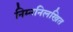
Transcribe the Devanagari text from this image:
निम्ननिलखित